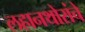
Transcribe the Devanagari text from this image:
लहानथोरांचे